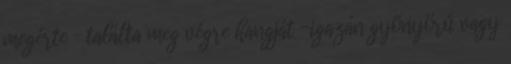
megérte – találta meg végre hangját -igazán gyönyörű vagy